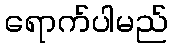
ရောက်ပါမည်